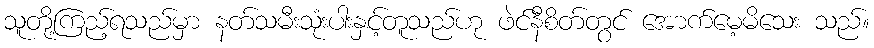
သူတို့ကြည့်ရသည်မှာ နတ်သမီးသုံးပါးနှင့်တူသည်ဟု ဖဲင်နီစိတ်တွင် အောက်မေ့မိသေး သည်။